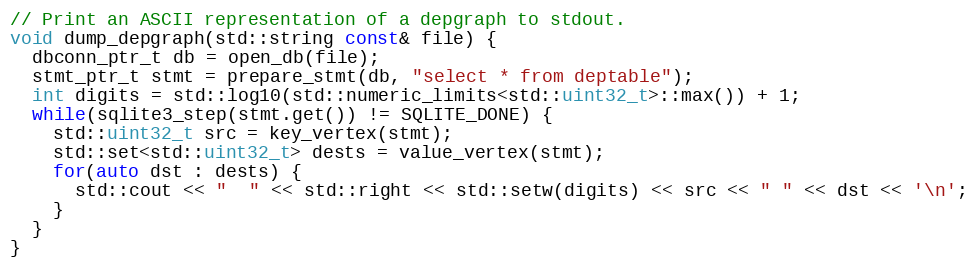
Language: C++
// Print an ASCII representation of a depgraph to stdout.
void dump_depgraph(std::string const& file) {
  dbconn_ptr_t db = open_db(file);
  stmt_ptr_t stmt = prepare_stmt(db, "select * from deptable");
  int digits = std::log10(std::numeric_limits<std::uint32_t>::max()) + 1;
  while(sqlite3_step(stmt.get()) != SQLITE_DONE) {
    std::uint32_t src = key_vertex(stmt);
    std::set<std::uint32_t> dests = value_vertex(stmt);
    for(auto dst : dests) {
      std::cout << "  " << std::right << std::setw(digits) << src << " " << dst << '\n';
    }
  }
}